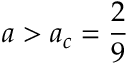
a > a _ { c } = \frac { 2 } { 9 }